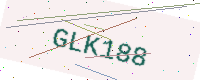
Text: GLK188